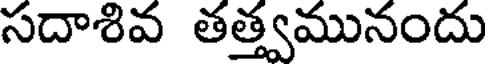
సదాశివ తత్త్వమునందు